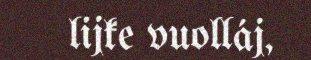
lijke vuolláj,